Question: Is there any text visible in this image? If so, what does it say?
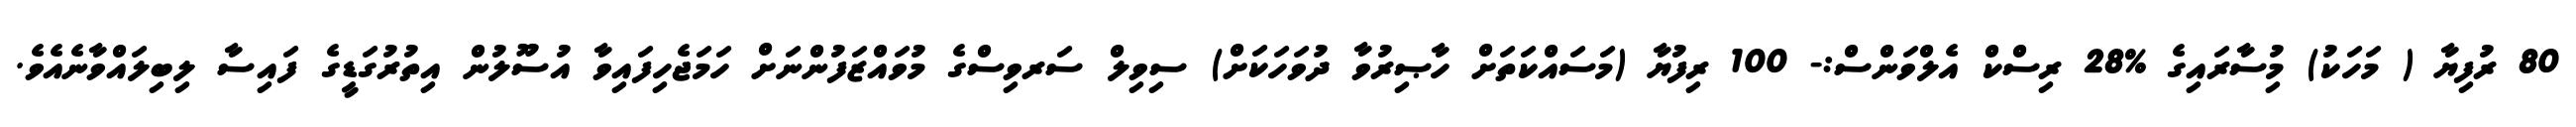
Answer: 80 ރުފިޔާ ( މަހަކު) މުިސާރައިގެ %28 ރިސްކް އެލްވަންސް:- 100 ރިފުޔާ (މަސައްކަތަށް ހާޞިރުވާ ދުވަހަކަށް) ސިވިލް ސަރވިސްގެ މުވައްޒަފުންނަށް ހަމަޖެހިފައިވާ އުސޫލުން އިތުރުގަޑީގެ ފައިސާ ލިބިލައްވާނެއެވެ.